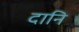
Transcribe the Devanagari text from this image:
दानि